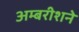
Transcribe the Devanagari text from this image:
अम्बरीशने